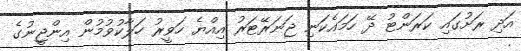
އަދި ރަށުގައި ކަރަންޓު ދޭ ހަމައެކަނި ޖަނަރޭޓަރު އިއްޔެ ހަވީރު ހަލާކުވުމުން އިންޖީނުގެ